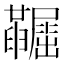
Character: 𡳼